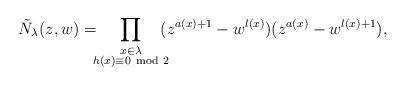
LaTeX: \begin{align*}\tilde{N}_{\lambda}(z,w)=\!\!\!\prod_{\substack{x\in\lambda\\h(x)\equiv0\!\!\!\mod 2}}\!\!\!(z^{a(x)+1}-w^{l(x)})(z^{a(x)}-w^{l(x)+1}),\end{align*}